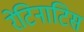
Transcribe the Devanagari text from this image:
रेटिनाटिस